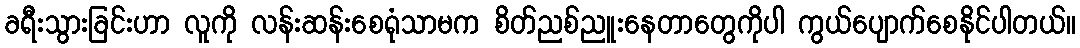
ခရီးသွားခြင်းဟာ လူကို လန်းဆန်းစေရုံသာမက စိတ်ညစ်ညူးနေတာတွေကိုပါ ကွယ်ပျောက်စေနိုင်ပါတယ်။